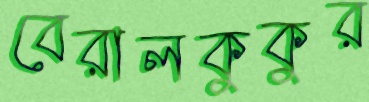
বেরালকুকুর